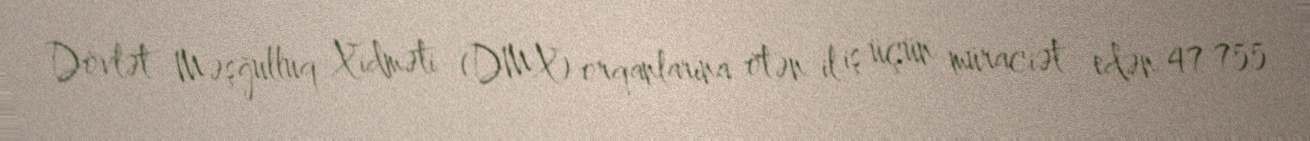
Dövlət Məşğulluq Xidməti (DMX) orqanlarına ötən il iş üçün müraciət edən 47 755